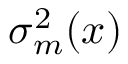
\sigma _ { m } ^ { 2 } ( x )